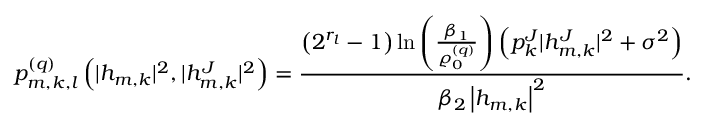
p _ { m , k , l } ^ { ( q ) } \left( | h _ { m , k } | ^ { 2 } , | h _ { m , k } ^ { J } | ^ { 2 } \right) = \frac { \left( 2 ^ { r _ { l } } - 1 \right) \ln \left( \frac { \beta _ { 1 } } { \varrho _ { 0 } ^ { ( q ) } } \right) \left( p _ { k } ^ { J } | h _ { m , k } ^ { J } | ^ { 2 } + \sigma ^ { 2 } \right) } { \beta _ { 2 } \left| h _ { m , k } \right| ^ { 2 } } .